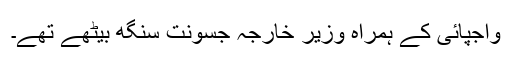
واجپائی کے ہمراہ وزیر خارجہ جسونت سنگھ بیٹھے تھے۔